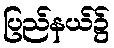
ပြည်နယ်၌